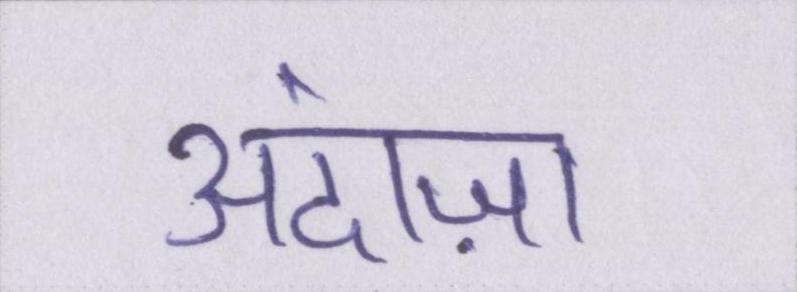
अंदाज़ा